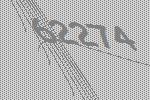
62274